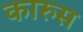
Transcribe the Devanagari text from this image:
कारुस